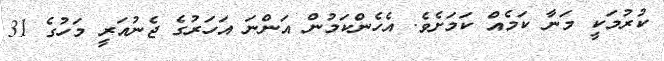
ކުރުމަކީ މަނާ ކަމެއް ކަމަށެވެ. އެހެންކަމުން އަންނަ އަހަރުގެ ޖެނުއަރީ މަހުގެ 31